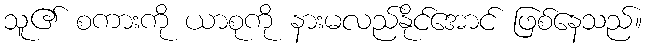
သူ၏ စကားကို ယာစုကို နားမလည်နိုင်အောင် ဖြစ်နေသည်။